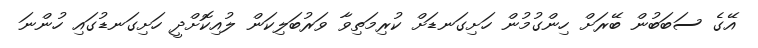
އޭގެ ސަބަބުން ބޭރަށް ހިންގުމުން ހަށިގަނޑަށް ކުރިމަތިވާ ވަރުބަލިކަން ލުއިކޮށްދީ ހަށިގަނޑުގައި ހުންނަ